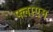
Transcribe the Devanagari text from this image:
फ्लाएम